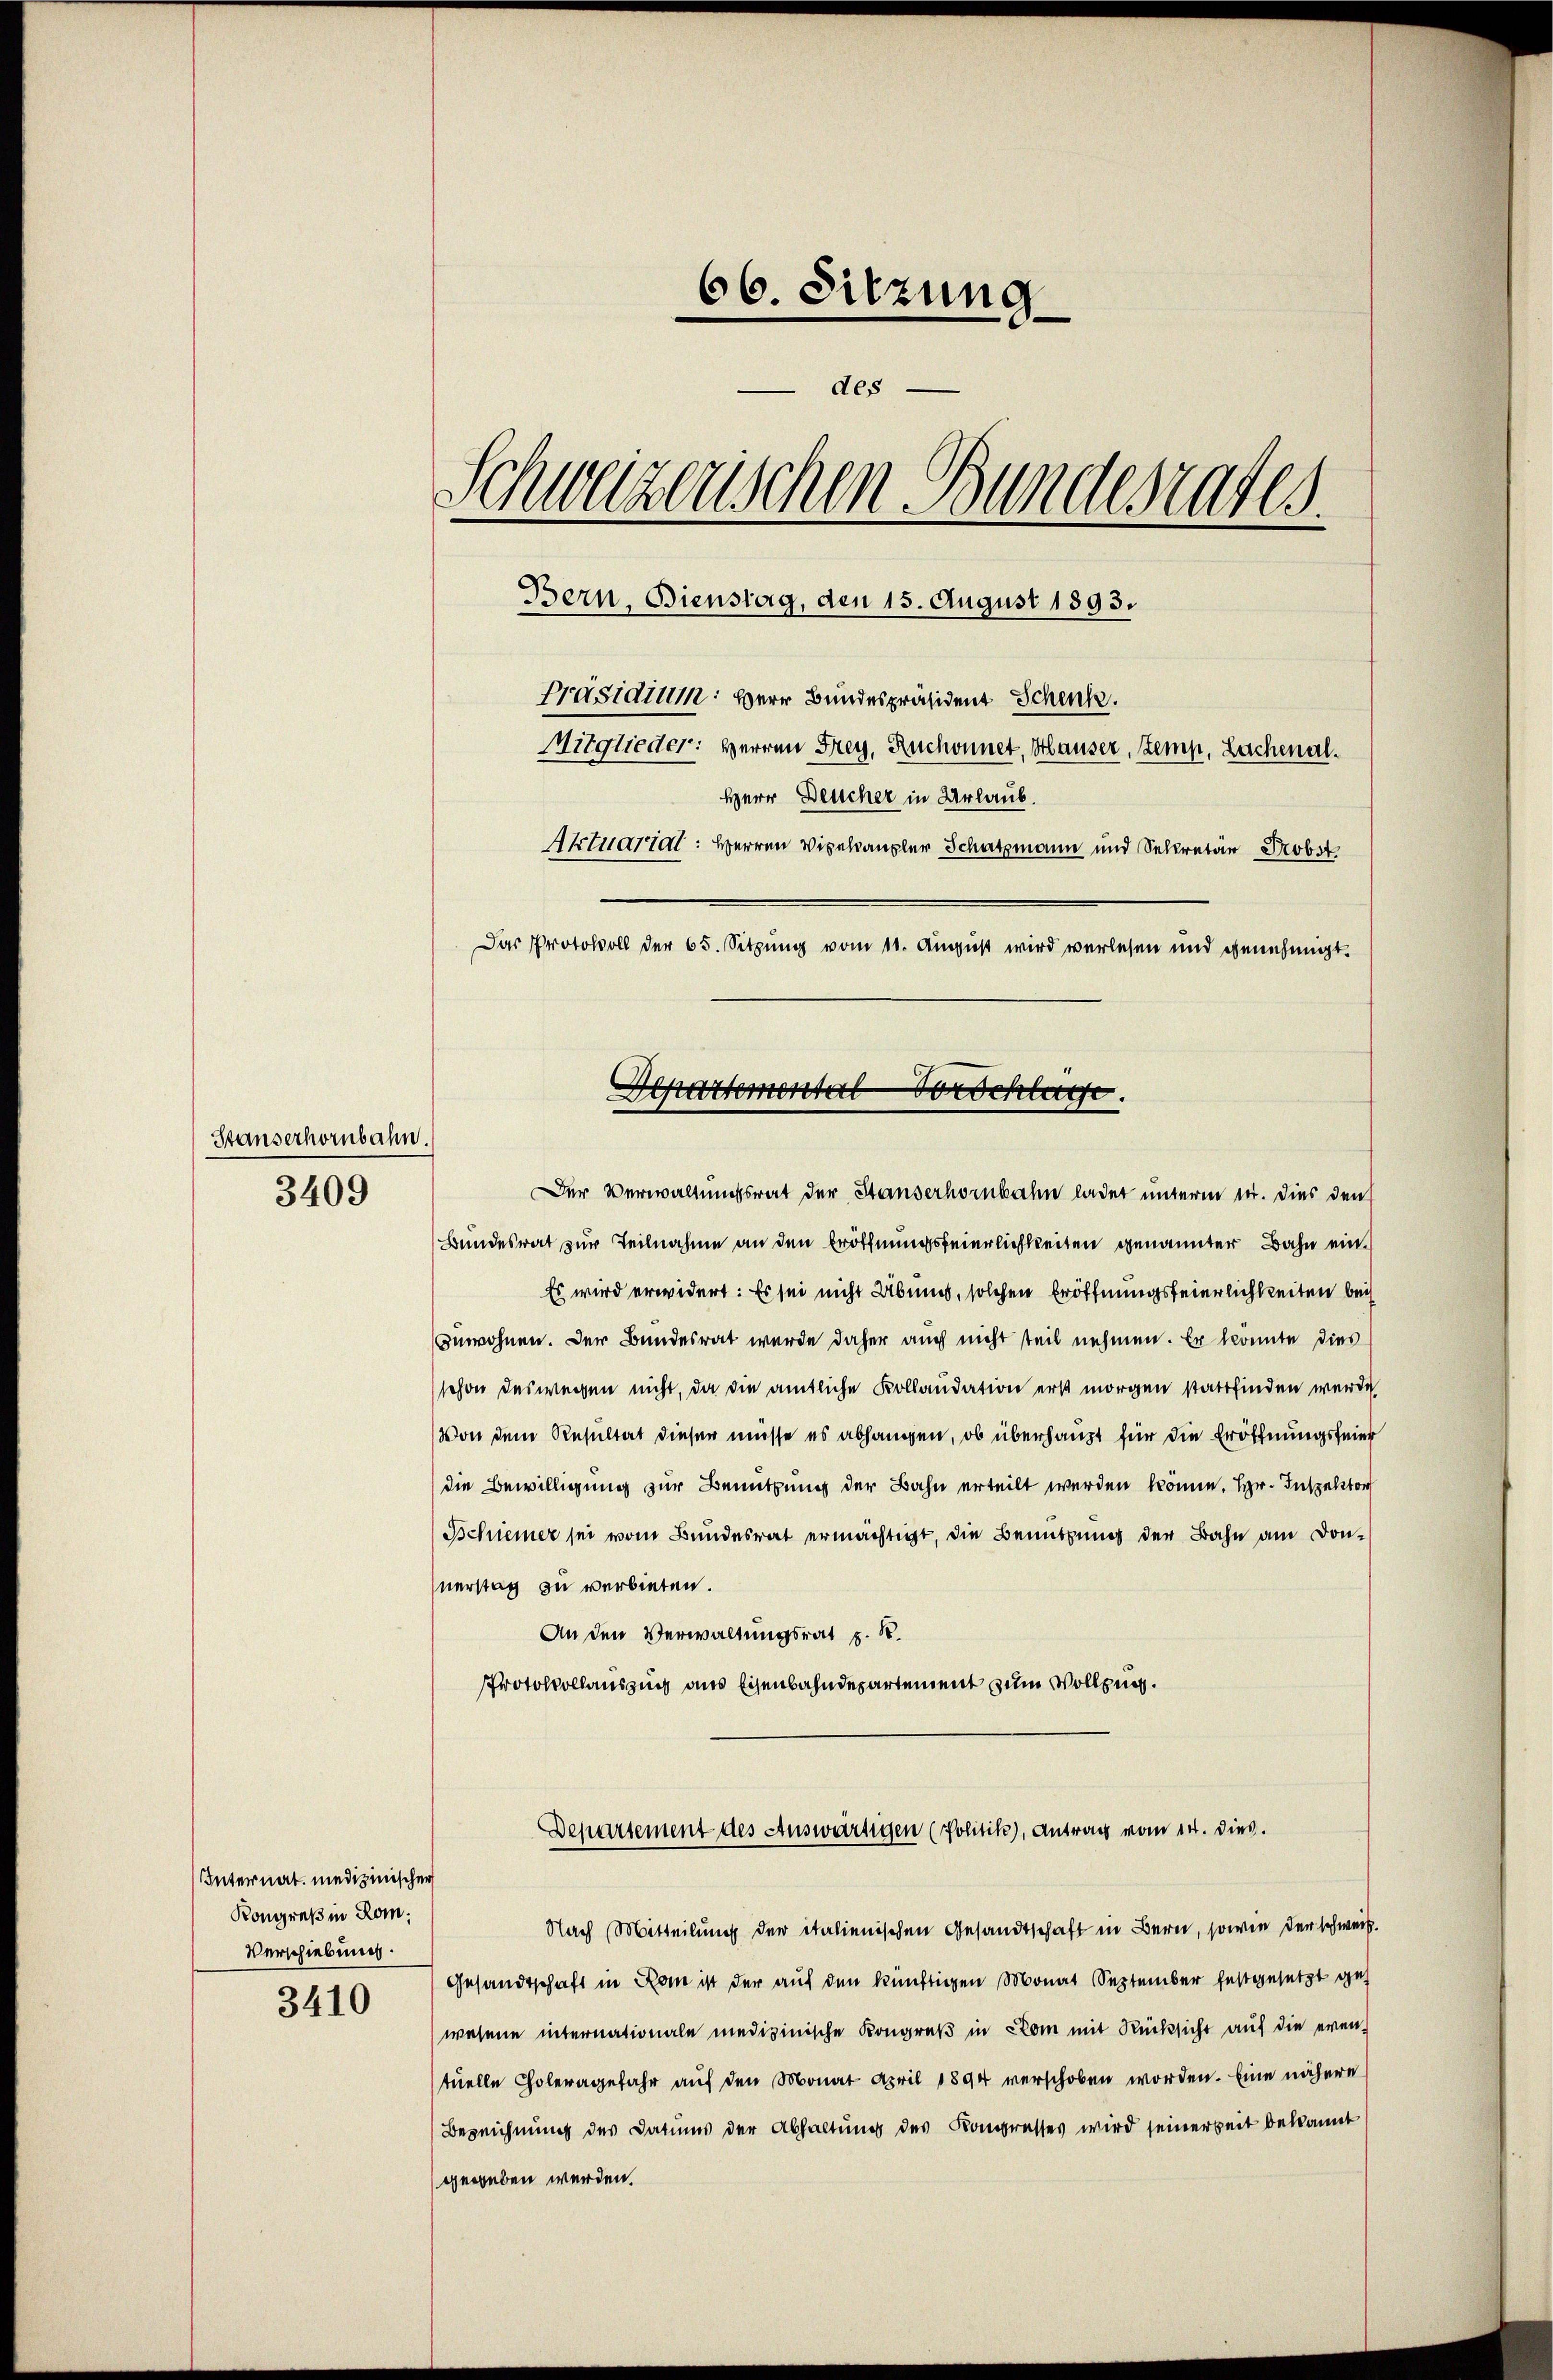
Stauserhörnbahn.
3409

66. Sitzung
des
Schwarzenschen Bundesrates.
Bern, Bienstag, den 15. August 1893.
Präsidium: Herr Bundespräsident Schenk.
Mitglieder: Herren Frey, Ruchonnet, Häuser, Zemp, Lachenal¬
Herr Deucher in Urlaub.
Aktuartal: Herren Vigelangler Schatzmann und Sekretär Probst
Das Protokoll der 65. Sitzung vom 11. August wird verlesen und genehmigt.

Internat. medizinischer
Kongreß in Rom.
Verschiebung.

3410

Departemental Vorschlu
Der Verwaltungsrat der Standerhornbahn ladet unterm 10. dies den

Bundesrat zur Teilnahme an den Eröffnungsfeierlichkeiten genannter Bahn ein¬
Es wird erwidert: Es sei nicht Abends, solchen Eröffnungsfeierlichkeiten bei
anwohnen. Der Bundesrat wurde daher auch nicht teil nehmen. Er konnte dies
schon deswegen nicht, da die amtliche Kollandation erst morgen stattfinden werde
Von dem Resultat dieser müsse es abhangen, ob überhaupt für die Eröffnungsfeier
die Bewilligung zur Benutzung der Bahn erteilt werden könne. Hr. Inspektor
Sschiener sei vom Bundesrat ermächtigt, die Benutzung der Bahn am Donnerstag zu verbieten.
An den Verwaltungsrat p. S.
Protokollauszug aus Eisenbahndepartement zum Vollzung.

Departement des Auswärtigen (Politik), Antrag vom 14. dies.

Nach Mitteilung der italienischen Gesandtschaft in Bern, sowie der schweiz.
Gesandtschaft in Kann ist der auf den künftigen Monat September festgesetzt gewesene internationale medizinische Kongreß in Com mit Rücksicht auf die even-
stuelle Choleragefahr auf den Monat April 1894 verschoben worden. Eine nähere
Bezeichnung des Datums der Abhaltung des Kongresses wird seinerseit bekannt
gegeben werden.